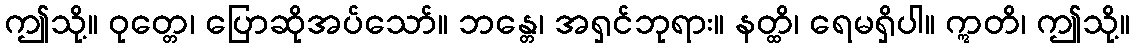
ဤသို့။ ဝုတ္တေ၊ ပြောဆိုအပ်သော်။ ဘန္တေ၊ အရှင်ဘုရား။ နတ္ထိ၊ ရေမရှိပါ။ ဣတိ၊ ဤသို့။